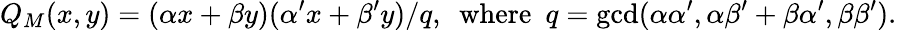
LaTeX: Q_{M}(x,y)=(\alpha x+\beta y)(\alpha^{\prime}x+\beta^{\prime}y)/q,\mathrm{~~where~~}q=\operatorname*{gcd}(\alpha\alpha^{\prime},\alpha\beta^{\prime}+\beta\alpha^{\prime},\beta\beta^{\prime}).